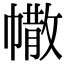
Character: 𢄻